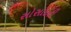
સોસાઈટી